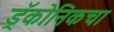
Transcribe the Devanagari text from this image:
ड्रॅकोनिकचा